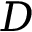
D